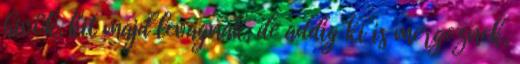
hivök, kit majd levagnak, de addig ki is mergeznek,